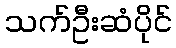
သက်ဦးဆံပိုင်